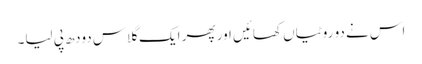
اس نے دو روٹیاں کھائیں اور پھر ایک گلاس دودھ پی لیا۔